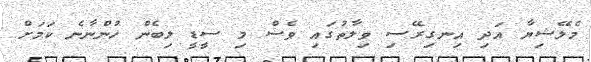
މެލޭޝިޔާ އަދި އިނގިރޭސި ވިލާތުގައި ވެސް މި ސީޑީ ލިބެން ހުންނާނެ ކަމަށް